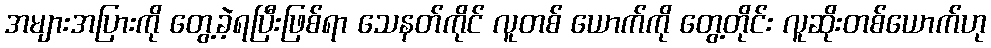
အများအပြားကို တွေ့ခဲ့ရပြီးဖြစ်ရာ သေနတ်ကိုင် လူတစ် ယောက်ကို တွေ့တိုင်း လူဆိုးတစ်ယောက်ဟု